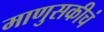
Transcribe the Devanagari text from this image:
माणुसकीचं